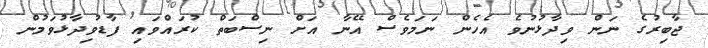
ޖާބިރުގެ ނަން ވިދާޅުނުވެ އެހެން ނަމަވެސް އޭނާ އަށް ނިސްބަތް ކުރައްވައި ފާޑުވިދާޅުވަމުން